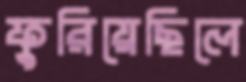
ফুরিয়েছিলে